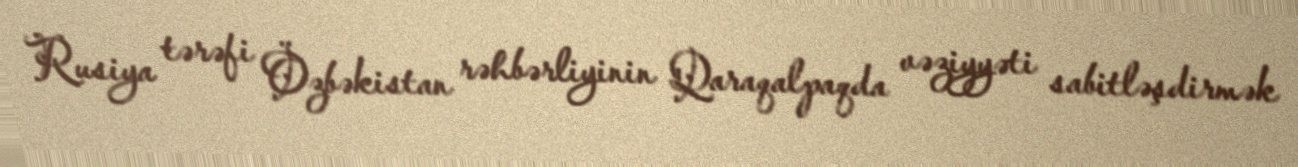
Rusiya tərəfi Özbəkistan rəhbərliyinin Qaraqalpaqda vəziyyəti sabitləşdirmək